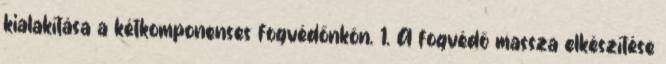
kialakítása a kétkomponenses fogvédőnkön. 1. A fogvédő massza elkészítése